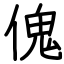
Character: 傀